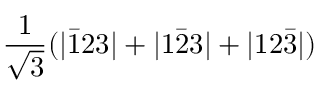
\frac { 1 } { \sqrt { 3 } } ( | \bar { 1 } 2 3 | + | 1 \bar { 2 } 3 | + | 1 2 \bar { 3 } | )